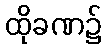
ထိုခဏ၌